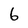
Character: 6